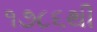
૧૭૮૬થી